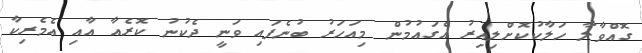
ގޮއްވާލާ ހަލާކުކޮށްލިއިރު އެގައުމުން މިއަހަރު ބުނެފައި ވަނީ ދެކުނު ކޮރެއާ އާއި އެމެރިކާ